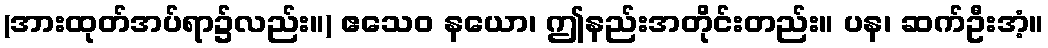
(အားထုတ်အပ်ရာ၌လည်း။) ဧသေဝ နယော၊ ဤနည်းအတိုင်းတည်း။ ပန၊ ဆက်ဦးအံ့။